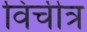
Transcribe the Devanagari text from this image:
विचीत्र